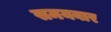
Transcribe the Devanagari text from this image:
समयवार